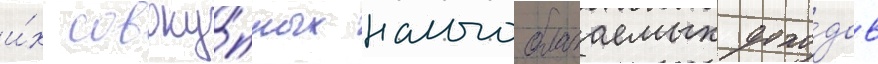
и́х совоку́пных налогооблагаемых дохо́дов